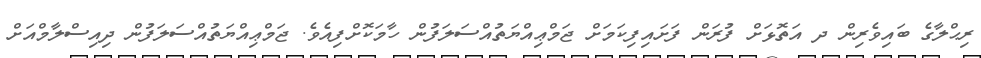
ރިޙްލާގެ ބައިވެރިން ދ އަތޮޅަށް ފުރަން ފަށައިފިކަމަށް ޖަމްޢިއްޔަތުއްސަލަފުން ހާމަކޮށްފިއެވެ. ޖަމްޢިއްޔަތުއްސަލަފުން ދިއިސްލާމްއަށް